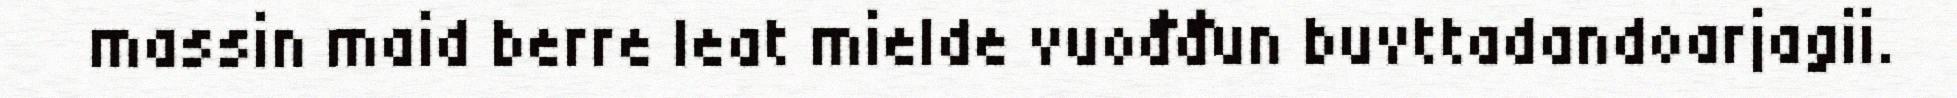
massin maid berre leat mielde vuođđun buvttadandoarjagii.